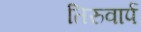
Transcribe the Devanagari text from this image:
तिरुवार्प